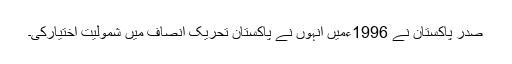
صدر پاکستان نے 1996ءمیں انہوں نے پاکستان تحریک انصاف میں شمولیت اختیارکی۔